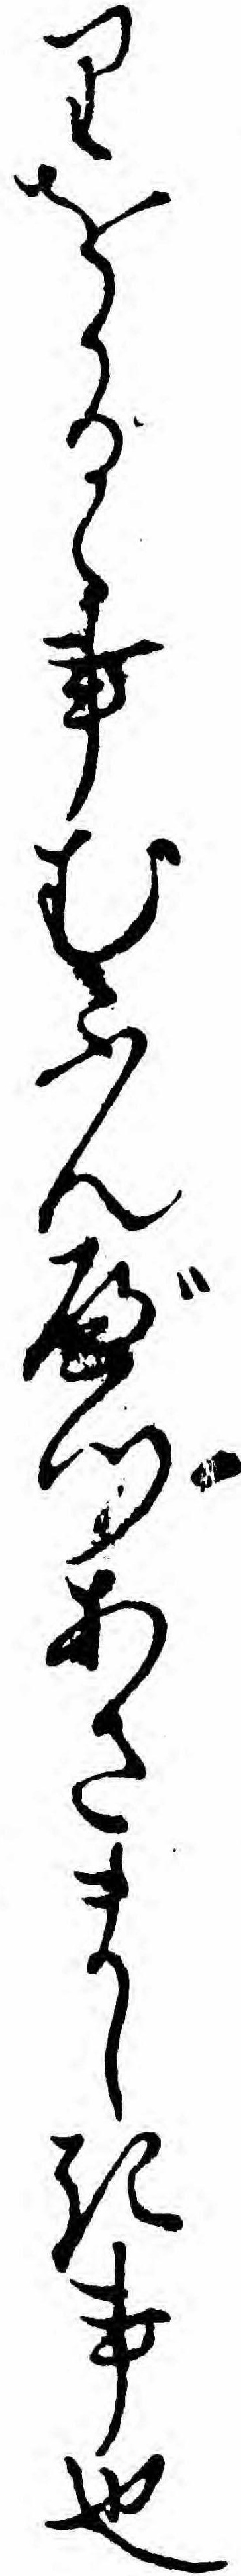
りをかるゝ事むふんべつあさましき事也